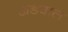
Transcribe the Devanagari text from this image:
अडवाल